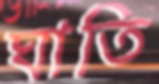
ঘাতি